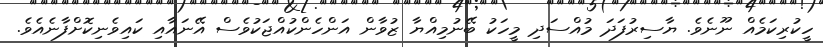
ހީކުރިކަމެއް ނޫނެވެ. ޔާސިރުފަދަ މުއްސަދި މީހަކު ބޭނުމިއްޔާ ޒުވާން އަންހެންކުއްޖަކުވެސް އޭނައާއި ކައިވެނިކޮށްފާނެއެވެ.